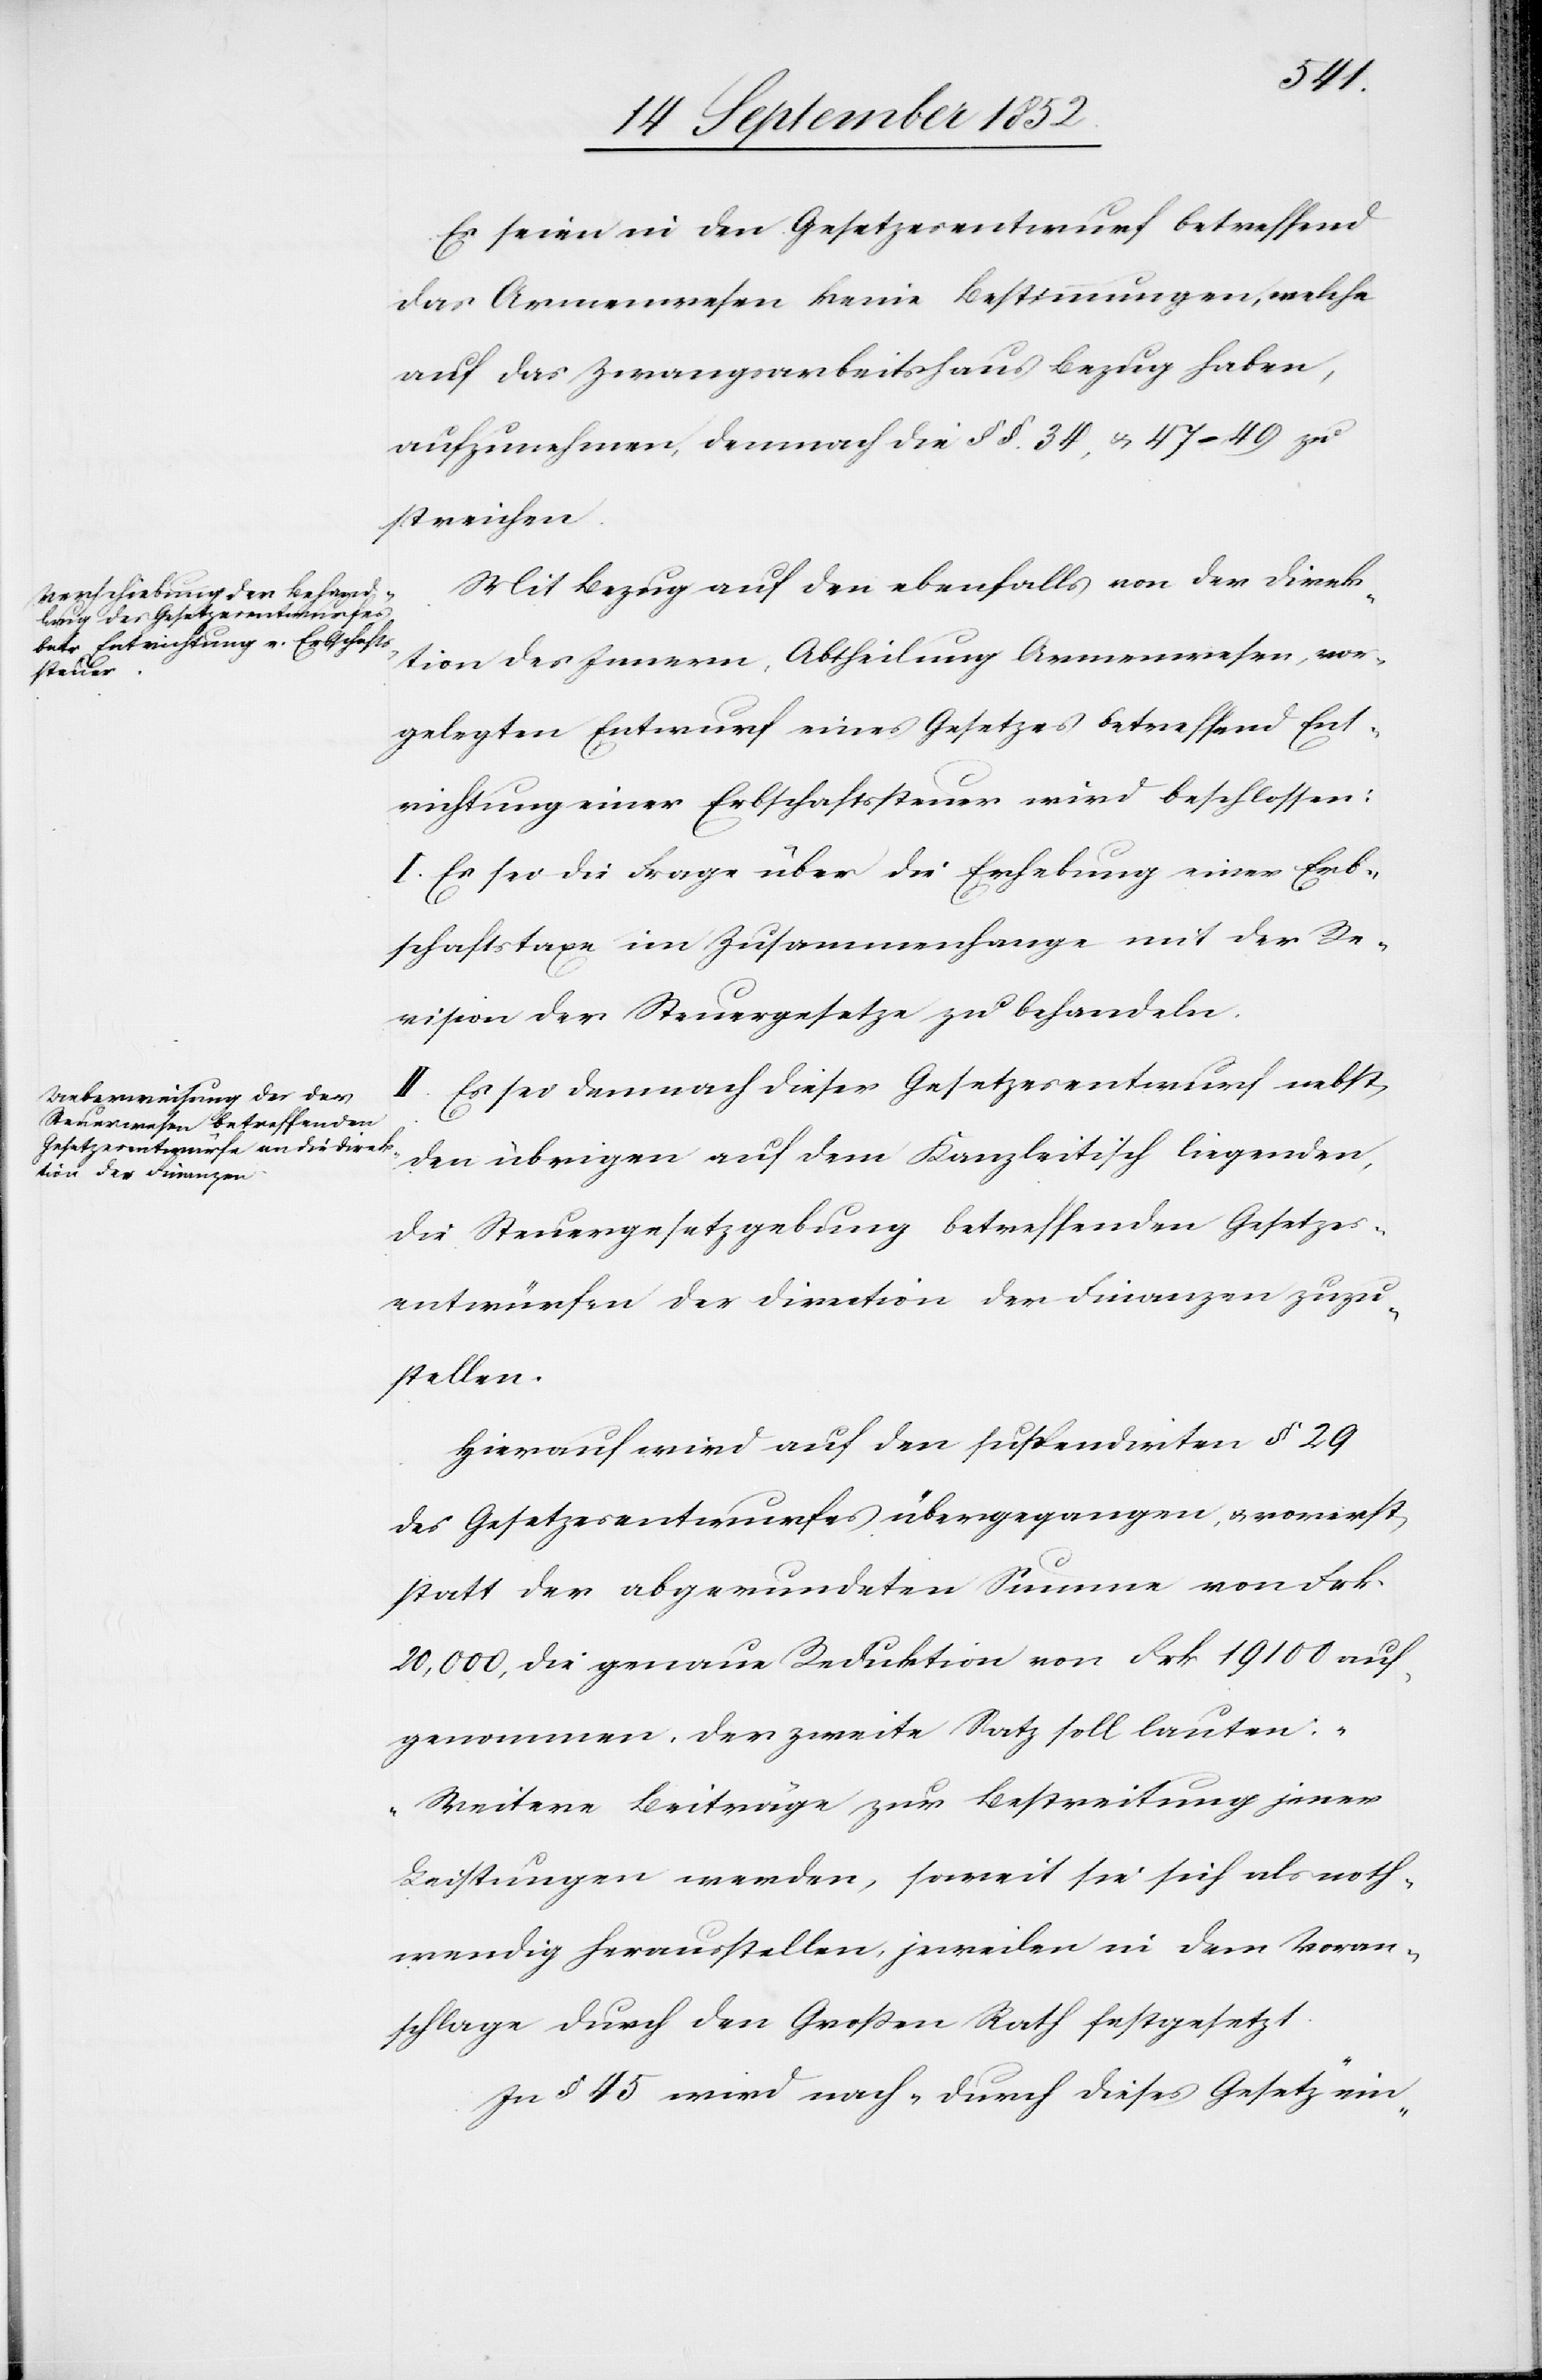
Es seien in den Gesetzesentwurf betreffend
das Armenwesen keine Bestimmungen, welche
auf das Zwangsarbeitshaus Bezug haben,
aufzunehmen, demnach die §§. 34, & 47–49 zu
streichen.
Mit Bezug auf den ebenfalls von der Direk¬
tion des Innern, Abtheilung Armenwesen, vor¬
gelegten Entwurf eines Gesetzes betreffend Ent¬
richtung einer Erbschaftssteuer wird beschlossen:
I. Es sei die Frage über die Erhebung einer Erb¬
schaftstaxe im Zusammenhange mit der Re¬
vision der Steuergesetze zu behandeln[.]
II. Es sei demnach dieser Gesetzesentwurf nebst
den übrigen auf dem Kanzleitisch liegenden,
die Steuergesetzgebung betreffenden Gesetzes¬
entwürfen der Direction der Finanzen zuzu¬
stellen.
Hierauf wird auf den suspendirten § 29
des Gesetzesentwurfes übergegangen, & vorerst
statt der abgerundeten Summe von Frk
20,000, die genaue Reduktion von Frk 19 100 auf¬
genommen. Der zweite Satz soll lauten:
„Weitere Beiträge zur Bestreitung jener
Leistungen werden, soweit sie sich als noth¬
wendig herausstellen, jeweilen in dem Voran¬
schlage durch den Großen Rath festgesetzt.[“]
In § 45 wird nach „durch dieses Gesetz“ ein-